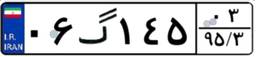
۰۶گ۱۴۵۰۳